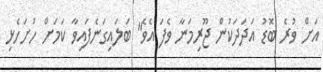
އަށް ވުރެ ބޮޑު އަދަދަކުން ޖޫރިމަނާ ވެފަ އެވެ" ބަލައިގަނެފައިވާ ކަމަށް ހުށަހެޅި